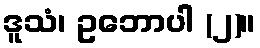
ဒူသံ၊ ဥဘောပါ (၂)။